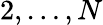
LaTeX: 2,\ldots,N